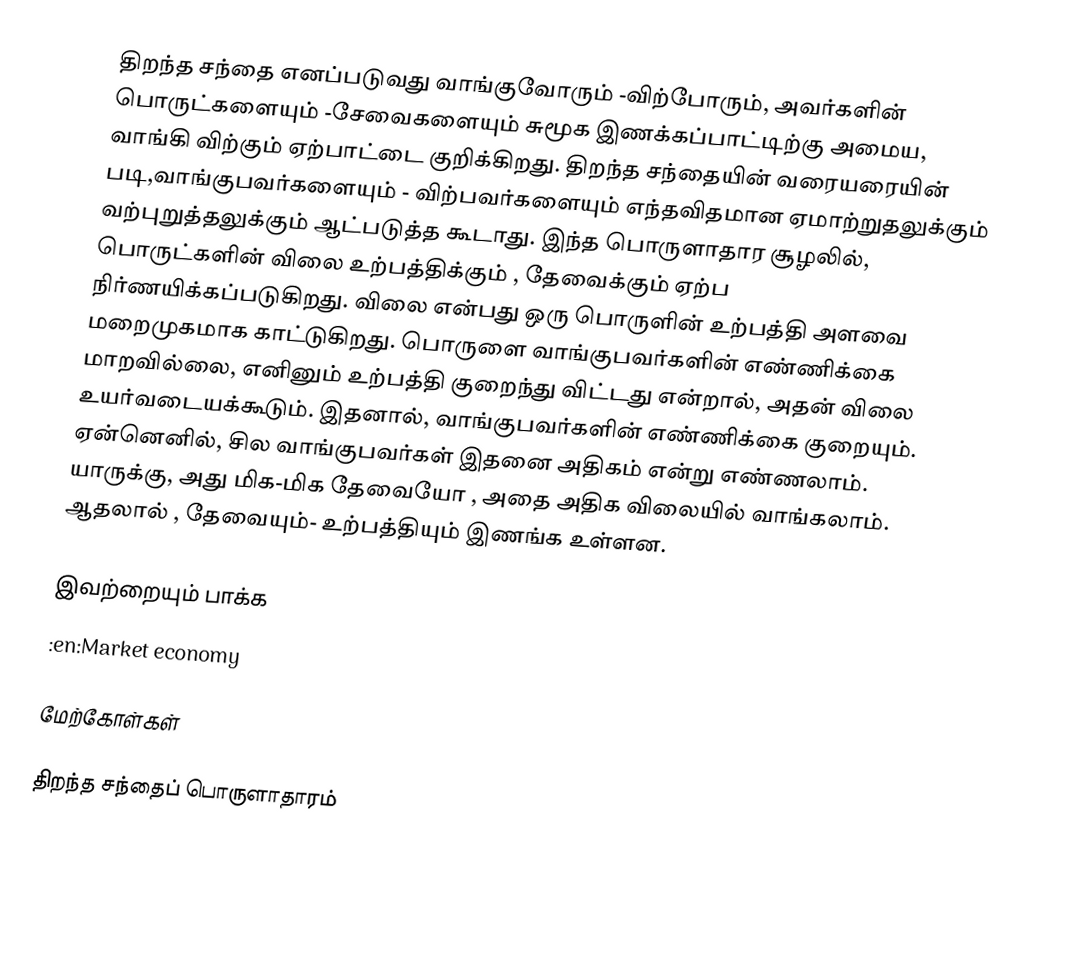
திறந்த சந்தை எனப்படுவது வாங்குவோரும் -விற்போரும், அவர்களின் பொருட்களையும் -சேவைகளையும் சுமூக இணக்கப்பாட்டிற்கு அமைய, வாங்கி விற்கும் ஏற்பாட்டை குறிக்கிறது. திறந்த சந்தையின் வரையரையின் படி,வாங்குபவர்களையும் - விற்பவர்களையும்  எந்தவிதமான ஏமாற்றுதலுக்கும் வற்புறுத்தலுக்கும் ஆட்படுத்த கூடாது. இந்த பொருளாதார சூழலில், பொருட்களின் விலை உற்பத்திக்கும் , தேவைக்கும்  ஏற்ப நிர்ணயிக்கப்படுகிறது. விலை என்பது ஒரு பொருளின் உற்பத்தி அளவை மறைமுகமாக காட்டுகிறது. பொருளை வாங்குபவர்களின் எண்ணிக்கை மாறவில்லை, எனினும் உற்பத்தி  குறைந்து  விட்டது என்றால், அதன் விலை  உயர்வடையக்கூடும். இதனால், வாங்குபவர்களின் எண்ணிக்கை குறையும். ஏன்னெனில், சில  வாங்குபவர்கள் இதனை அதிகம் என்று எண்ணலாம். யாருக்கு, அது மிக-மிக தேவையோ , அதை  அதிக விலையில் வாங்கலாம். ஆதலால் , தேவையும்- உற்பத்தியும் இணங்க  உள்ளன.

இவற்றையும் பாக்க
 :en:Market economy

மேற்கோள்கள்

திறந்த சந்தைப் பொருளாதாரம்